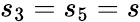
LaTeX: s_{3}=s_{5}=s